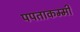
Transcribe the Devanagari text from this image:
पपताकम्मी